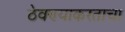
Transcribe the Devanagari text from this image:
ठेवण्याकरताचा